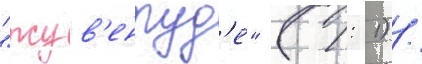
"жув'ентуд'е" (1: 1) /